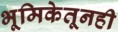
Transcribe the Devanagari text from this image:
भूमिकेतूनही